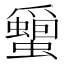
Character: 𮕎